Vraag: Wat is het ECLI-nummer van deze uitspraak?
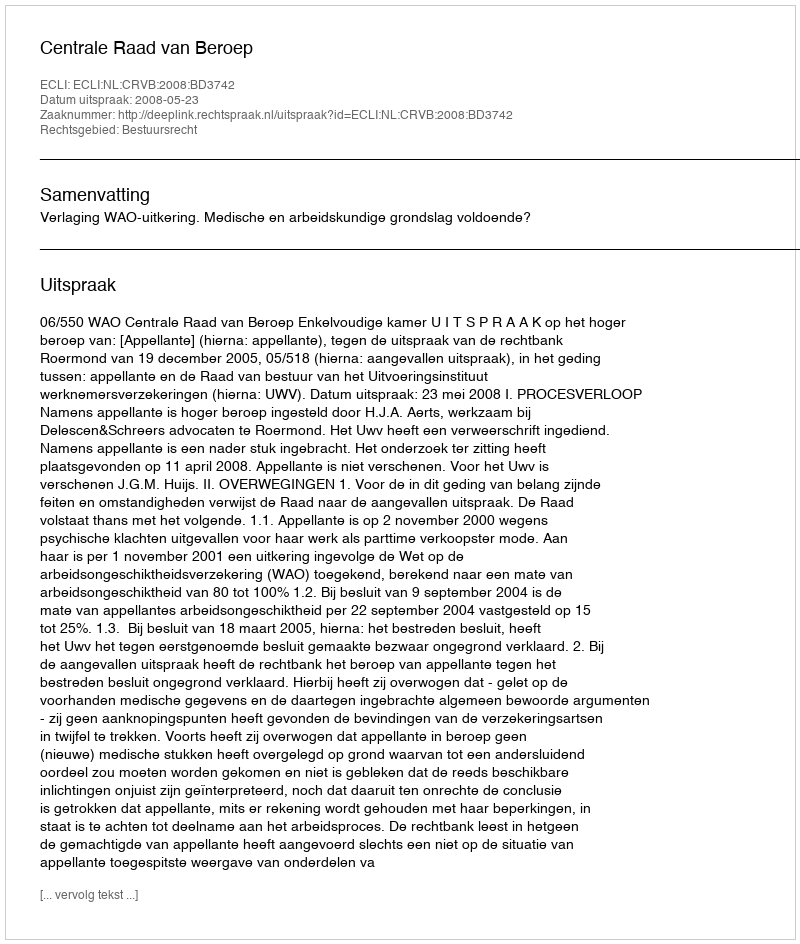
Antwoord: ECLI:NL:CRVB:2008:BD3742